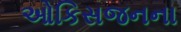
ઓકિસજનના